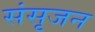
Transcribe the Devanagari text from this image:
संसृजन